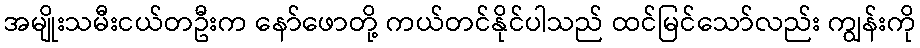
အမျိုးသမီးငယ်တဦးက နော်ဖောတို့ ကယ်တင်နိုင်ပါသည် ထင်မြင်သော်လည်း ကျွန်းကို